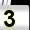
Digit: 3